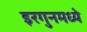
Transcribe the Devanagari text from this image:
इरगुनमध्ये